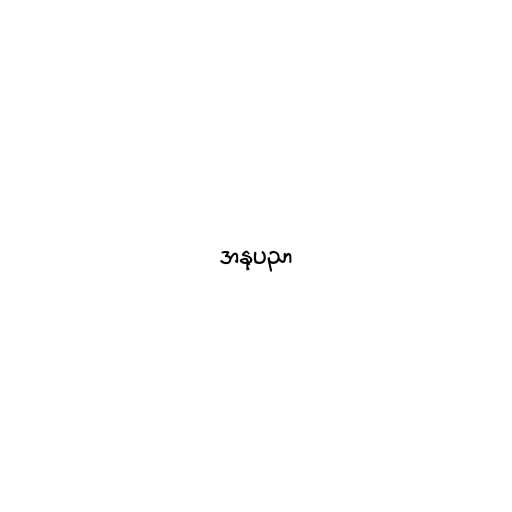
အနုပညာ